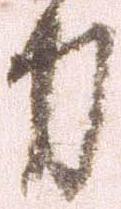
力